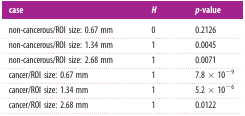
<table><thead><tr><td><b>case</b></td><td><b><i>H</i></b></td><td><b><i>p</i>-value</b></td></tr></thead><tbody><tr><td>non-cancerous/ROI size: 0.67 mm</td><td>0</td><td>0.2126</td></tr><tr><td>non-cancerous/ROI size: 1.34 mm</td><td>1</td><td>0.0045</td></tr><tr><td>non-cancerous/ROI size: 2.68 mm</td><td>1</td><td>0.0071</td></tr><tr><td>cancer/ROI size: 0.67 mm</td><td>1</td><td>7.8 × 10<sup>−9</sup></td></tr><tr><td>cancer/ROI size: 1.34 mm</td><td>1</td><td>5.2 × 10<sup>−6</sup></td></tr><tr><td>cancer/ROI size: 2.68 mm</td><td>1</td><td>0.0122</td></tr></tbody></table>